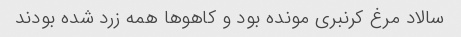
سالاد مرغ کرنبری مونده بود و کاهوها همه زرد شده بودند